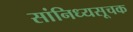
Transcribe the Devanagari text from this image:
सांनिध्यसूचक